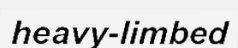
heavy-limbed